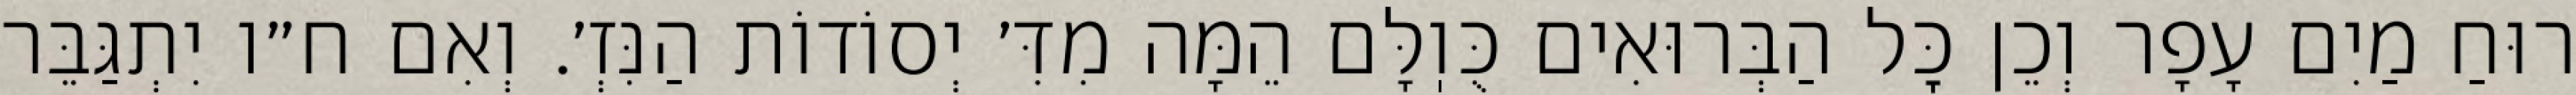
רוּחַ מַיִם עָפָר וְכֵן כׇּל הַבְּרוּאִים כֻּוֽלָּם הֵמָּה מִדִּ׳ יְסוֹדוֹת הַנִּזְ׳. וְאִם ח״ו יִתְגַּבֵּר